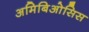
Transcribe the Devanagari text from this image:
अमिबिओसिस